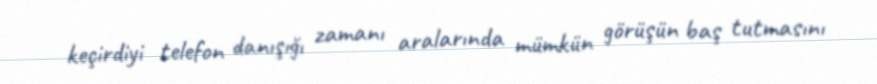
keçirdiyi telefon danışığı zamanı aralarında mümkün görüşün baş tutmasını